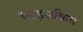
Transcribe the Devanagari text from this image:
बाढ़सक्रिय